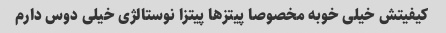
کیفیتش خیلی خوبه مخصوصا پیتز‌ها پیتزا نوستالژی خیلی دوس دارم